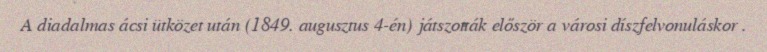
A diadalmas ácsi ütközet után (1849. augusztus 4-én) játszották először a városi díszfelvonuláskor .